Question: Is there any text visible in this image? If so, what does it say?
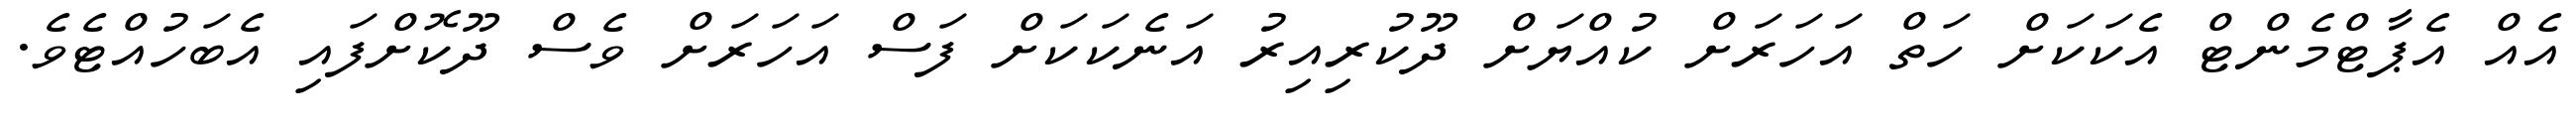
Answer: އެއް އެޕާޓްމެންޓް އެކަކަށް ހަތް އަހަރަށް ކުއްޔަށް ދޫކުރިއިރު އަނެކަކަށް ފަސް އަހަރަށް ވެސް ދޫކޮށްފައި އެބަހުއްޓެވެ.